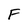
Character: F